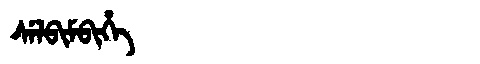
Manchu: ᠰᡝᠯᠪᡳᠮᠪᡳᡥᡝ
Romanization: SELBIMBIHE